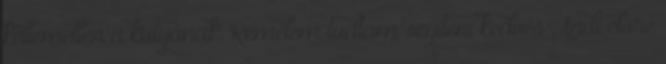
kellemetlen a kutyának. Remélem tudtam segíteni kedves Andi előre